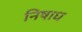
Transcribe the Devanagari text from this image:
निषाध